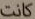
كانت